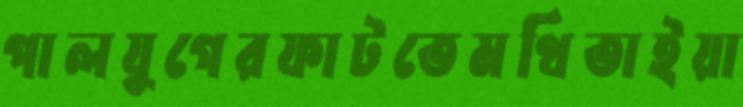
পালযুগেরফাটতেমথিতাইয়া